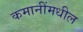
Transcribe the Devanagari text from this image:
कमानींमधील